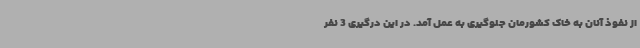
از نفوذ آنان به خاک کشورمان جلوگیری به عمل آمد. در این درگیری 3 نفر